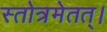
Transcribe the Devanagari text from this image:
स्तोत्रमेतत्।